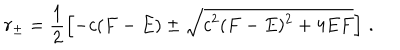
r _ { \pm } = \frac { 1 } { 2 } \left[ - c ( F - E ) \pm \sqrt { c ^ { 2 } ( F - E ) ^ { 2 } + 4 E F } \right] \, .